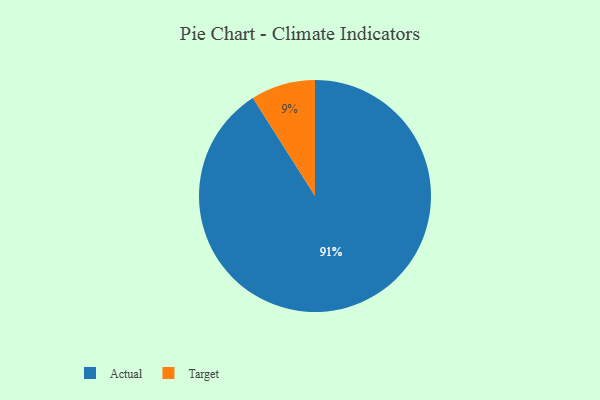
{"axis": {"x": "Category", "y": "Percentage"}, "legend": ["Actual", "Target"], "data": [{"x": "Target", "y": 9, "type": "Target"}, {"x": "Actual", "y": 91, "type": "Actual"}]}